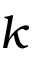
k